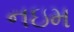
નઇમ